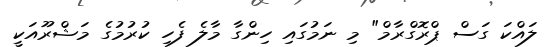
ލައްކަ ގަސް ޕްރޮގްރާމް" މި ނަމުގައި ހިންގާ މާލެ ފެހި ކުރުމުގެ މަޝްރޫއަކީ